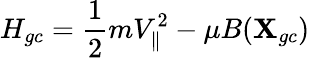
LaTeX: H_{gc}=\frac{1}{2}mV_{\parallel}^{2}-\mu B(\textbf{X}_{gc})